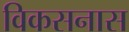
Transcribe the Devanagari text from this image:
विकसनास